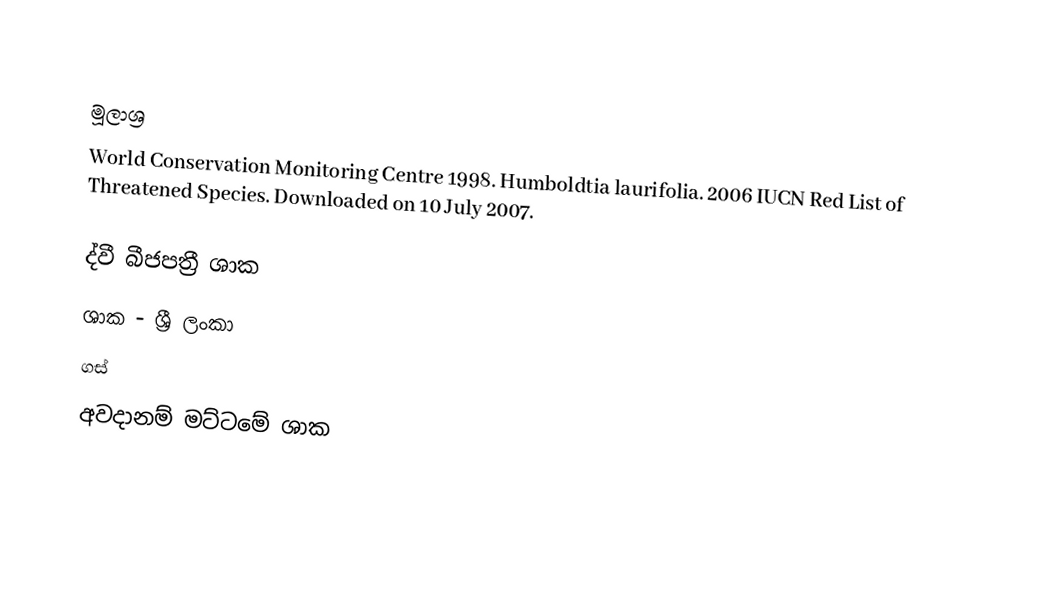

මූලාශ්‍ර
 World Conservation Monitoring Centre 1998.  Humboldtia laurifolia.   2006 IUCN Red List of Threatened Species.   Downloaded on 10 July 2007.

ද්වී බීජපත්‍රී ශාක
ශාක - ශ්‍රී ලංකා
ගස්
අවදානම් මට්ටමේ ශාක